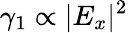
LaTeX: \gamma_{1}\propto|E_{x}|^{2}